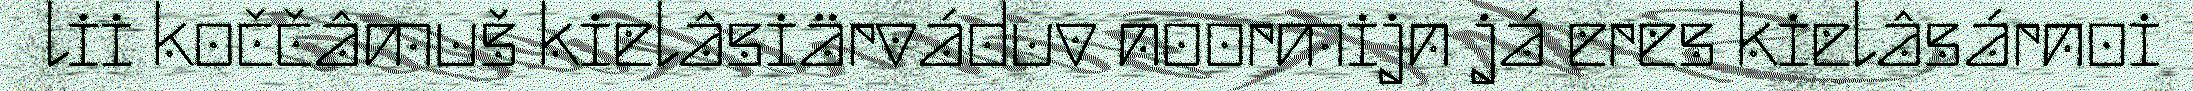
lii koččâmuš kielâsiärváduv noormijn já eres kielâsárnoi